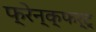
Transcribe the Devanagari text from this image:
फ्रेन्क्फर्ट्